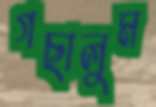
গছালুম